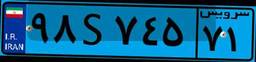
۹۸S۷۴۵۷۱